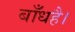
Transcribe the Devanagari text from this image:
बाँधहै।